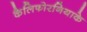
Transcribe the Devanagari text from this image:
कैलिफोरनियाके